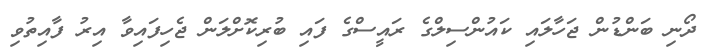
ދޯނި ބަންޑުން ޖަހާލައި ކައުންސިލްގެ ރައީސްގެ ފައި ބުރިކޮށްލަން ޖެހިފައިވާ އިރު ފާއިތުވި